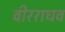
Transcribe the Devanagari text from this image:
वीरराघव